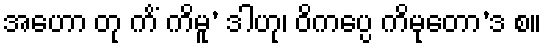
အဟော တု ကိံ ကိမူ’ ဒါဟု၊ ဝိကပ္ပေ ကိမုတော’ဒ စ။